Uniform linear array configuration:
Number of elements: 4
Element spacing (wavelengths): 0.75
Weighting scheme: hamming
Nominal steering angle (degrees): -60
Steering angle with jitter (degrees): -61.316
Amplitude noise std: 0.05
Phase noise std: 0.05

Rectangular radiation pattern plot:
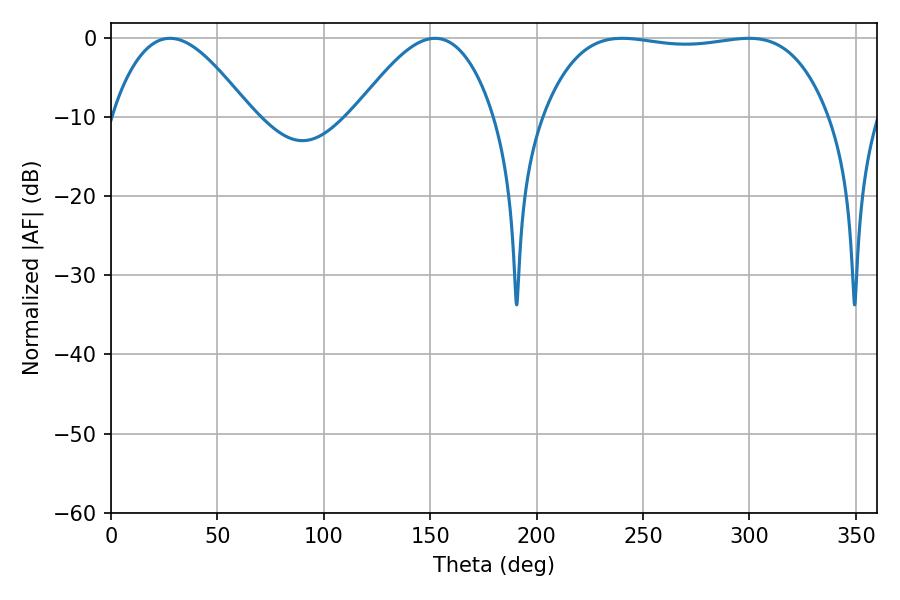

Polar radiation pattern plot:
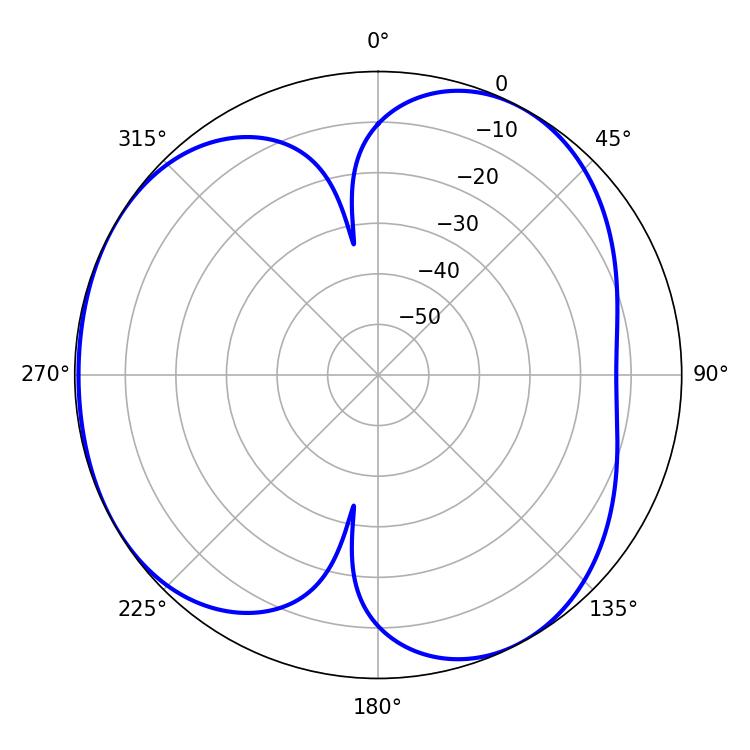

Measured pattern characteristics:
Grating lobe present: TRUE
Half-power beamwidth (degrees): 35.46
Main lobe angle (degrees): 27.72